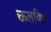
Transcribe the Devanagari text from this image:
ऊलविच